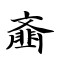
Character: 齑